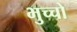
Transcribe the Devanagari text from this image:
भुच्चो